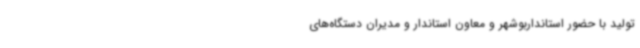
تولید با حضور استانداربوشهر و معاون استاندار و مدیران دستگاه‌های